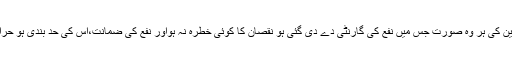
سودی لین دین کی ہر وہ صورت جس میں نفع کی گارنٹی دے دی گئی ہو نقصان کا کوئی خطرہ نہ ہواور نفع کی ضمانت،اس کی حد بندی ہو حرام عمل ہے ۔